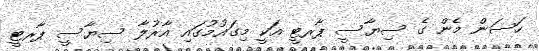
ހަސަން މެން ގެ ސިޔާސީ ޕާރޓީ އަކީ މިގައުމުގައި އާރުލާ ސިޔާސީ ޕާރޓީ